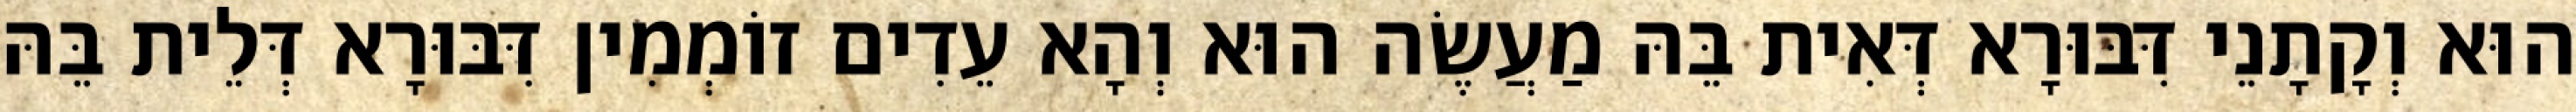
הוּא וְקָתָנֵי דִּבּוּרָא דְּאִית בֵּהּ מַעֲשֶׂה הוּא וְהָא עֵדִים זוֹמְמִין דִּבּוּרָא דְּלֵית בֵּהּ